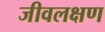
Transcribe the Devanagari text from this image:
जीवलक्षण